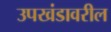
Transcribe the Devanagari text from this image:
उपखंडावरील